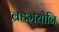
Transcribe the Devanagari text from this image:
ब्रहमयोनि